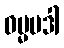
ဓမ္မပဒါ